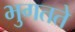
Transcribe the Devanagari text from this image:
भुगतते